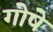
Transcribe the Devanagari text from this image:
गोषे